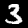
Digit: 3